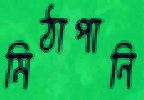
মিঠাপানি